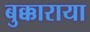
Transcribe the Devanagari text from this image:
बुक्काराया